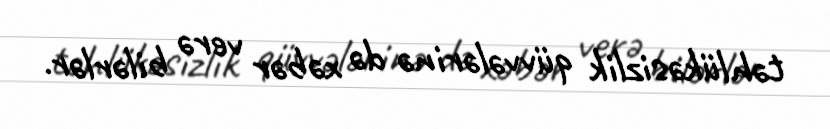
təhlükəsizlik qüvvələrinə də xəbər verə bilərlər.